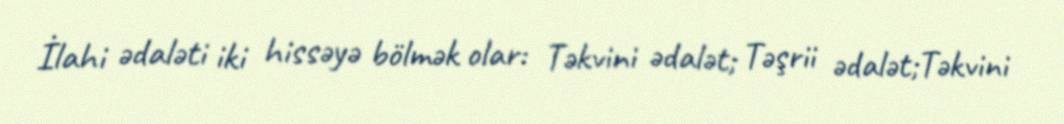
İlahi ədaləti iki hissəyə bölmək olar: Təkvini ədalət; Təşrii ədalət;Təkvini